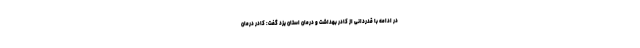
در ادامه با قدردانی از کادر بهداشت و درمان استان یزد گفت: کادر درمان